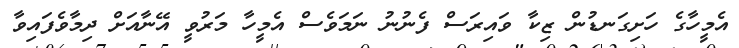
އެމީހާގެ ހަށިގަނޑުން ޒިކާ ވައިރަސް ފެނުނު ނަމަވެސް އެމީހާ މަރުވީ އޭނާއަށް ދިމާވެފައިވާ